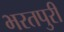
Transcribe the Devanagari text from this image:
भरतपुरी